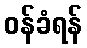
ဝန်ခံရန်